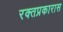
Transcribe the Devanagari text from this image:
रक्तप्रकारास